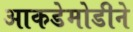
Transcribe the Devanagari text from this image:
आकडेमोडीने